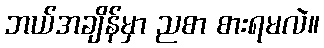
ဘယ်အချိန်မှာ ညစာ စားရမလဲ။